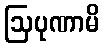
ဩပုဏာမိ